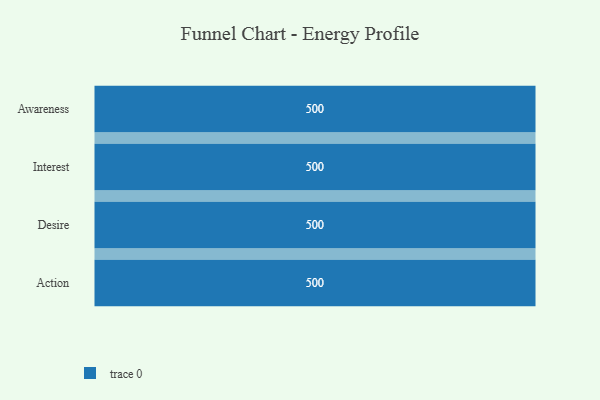
{"axis": {"x": "Stage", "y": "Value"}, "legend": [""], "data": [{"x": "Awareness", "y": 500, "type": ""}, {"x": "Interest", "y": 500, "type": ""}, {"x": "Desire", "y": 500, "type": ""}, {"x": "Action", "y": 500, "type": ""}]}